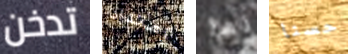
تدخن إمتداد لها حسنا